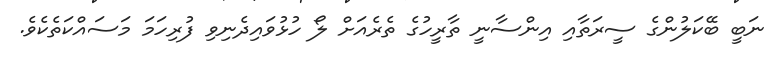
ނަބީ ބޭކަލުންގެ ސީރަތާއި އިންސާނީ ތާރީހުގެ ތެރެއަށް ލޯ ހުޅުވައިދެނިވި ފުރިހަމަ މަސައްކަތެކެވެ.